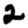
Digit: 2